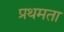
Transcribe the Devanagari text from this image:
प्रथमता